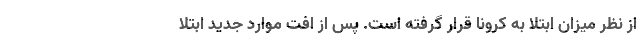
از نظر میزان ابتلا به کرونا قرار گرفته است. پس از افت موارد جدید ابتلا